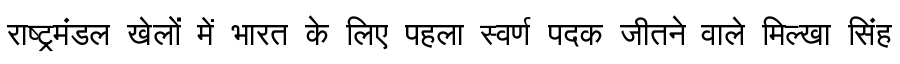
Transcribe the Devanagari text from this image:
राष्ट्रमंडल खेलों में भारत के लिए पहला स्वर्ण पदक जीतने वाले मिल्खा सिंह